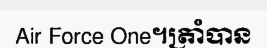
Air Force One។ត្រាំបាន